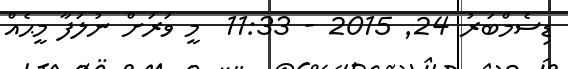
ޑިސެމްބަރު 24